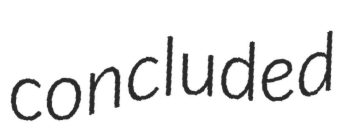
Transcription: concluded